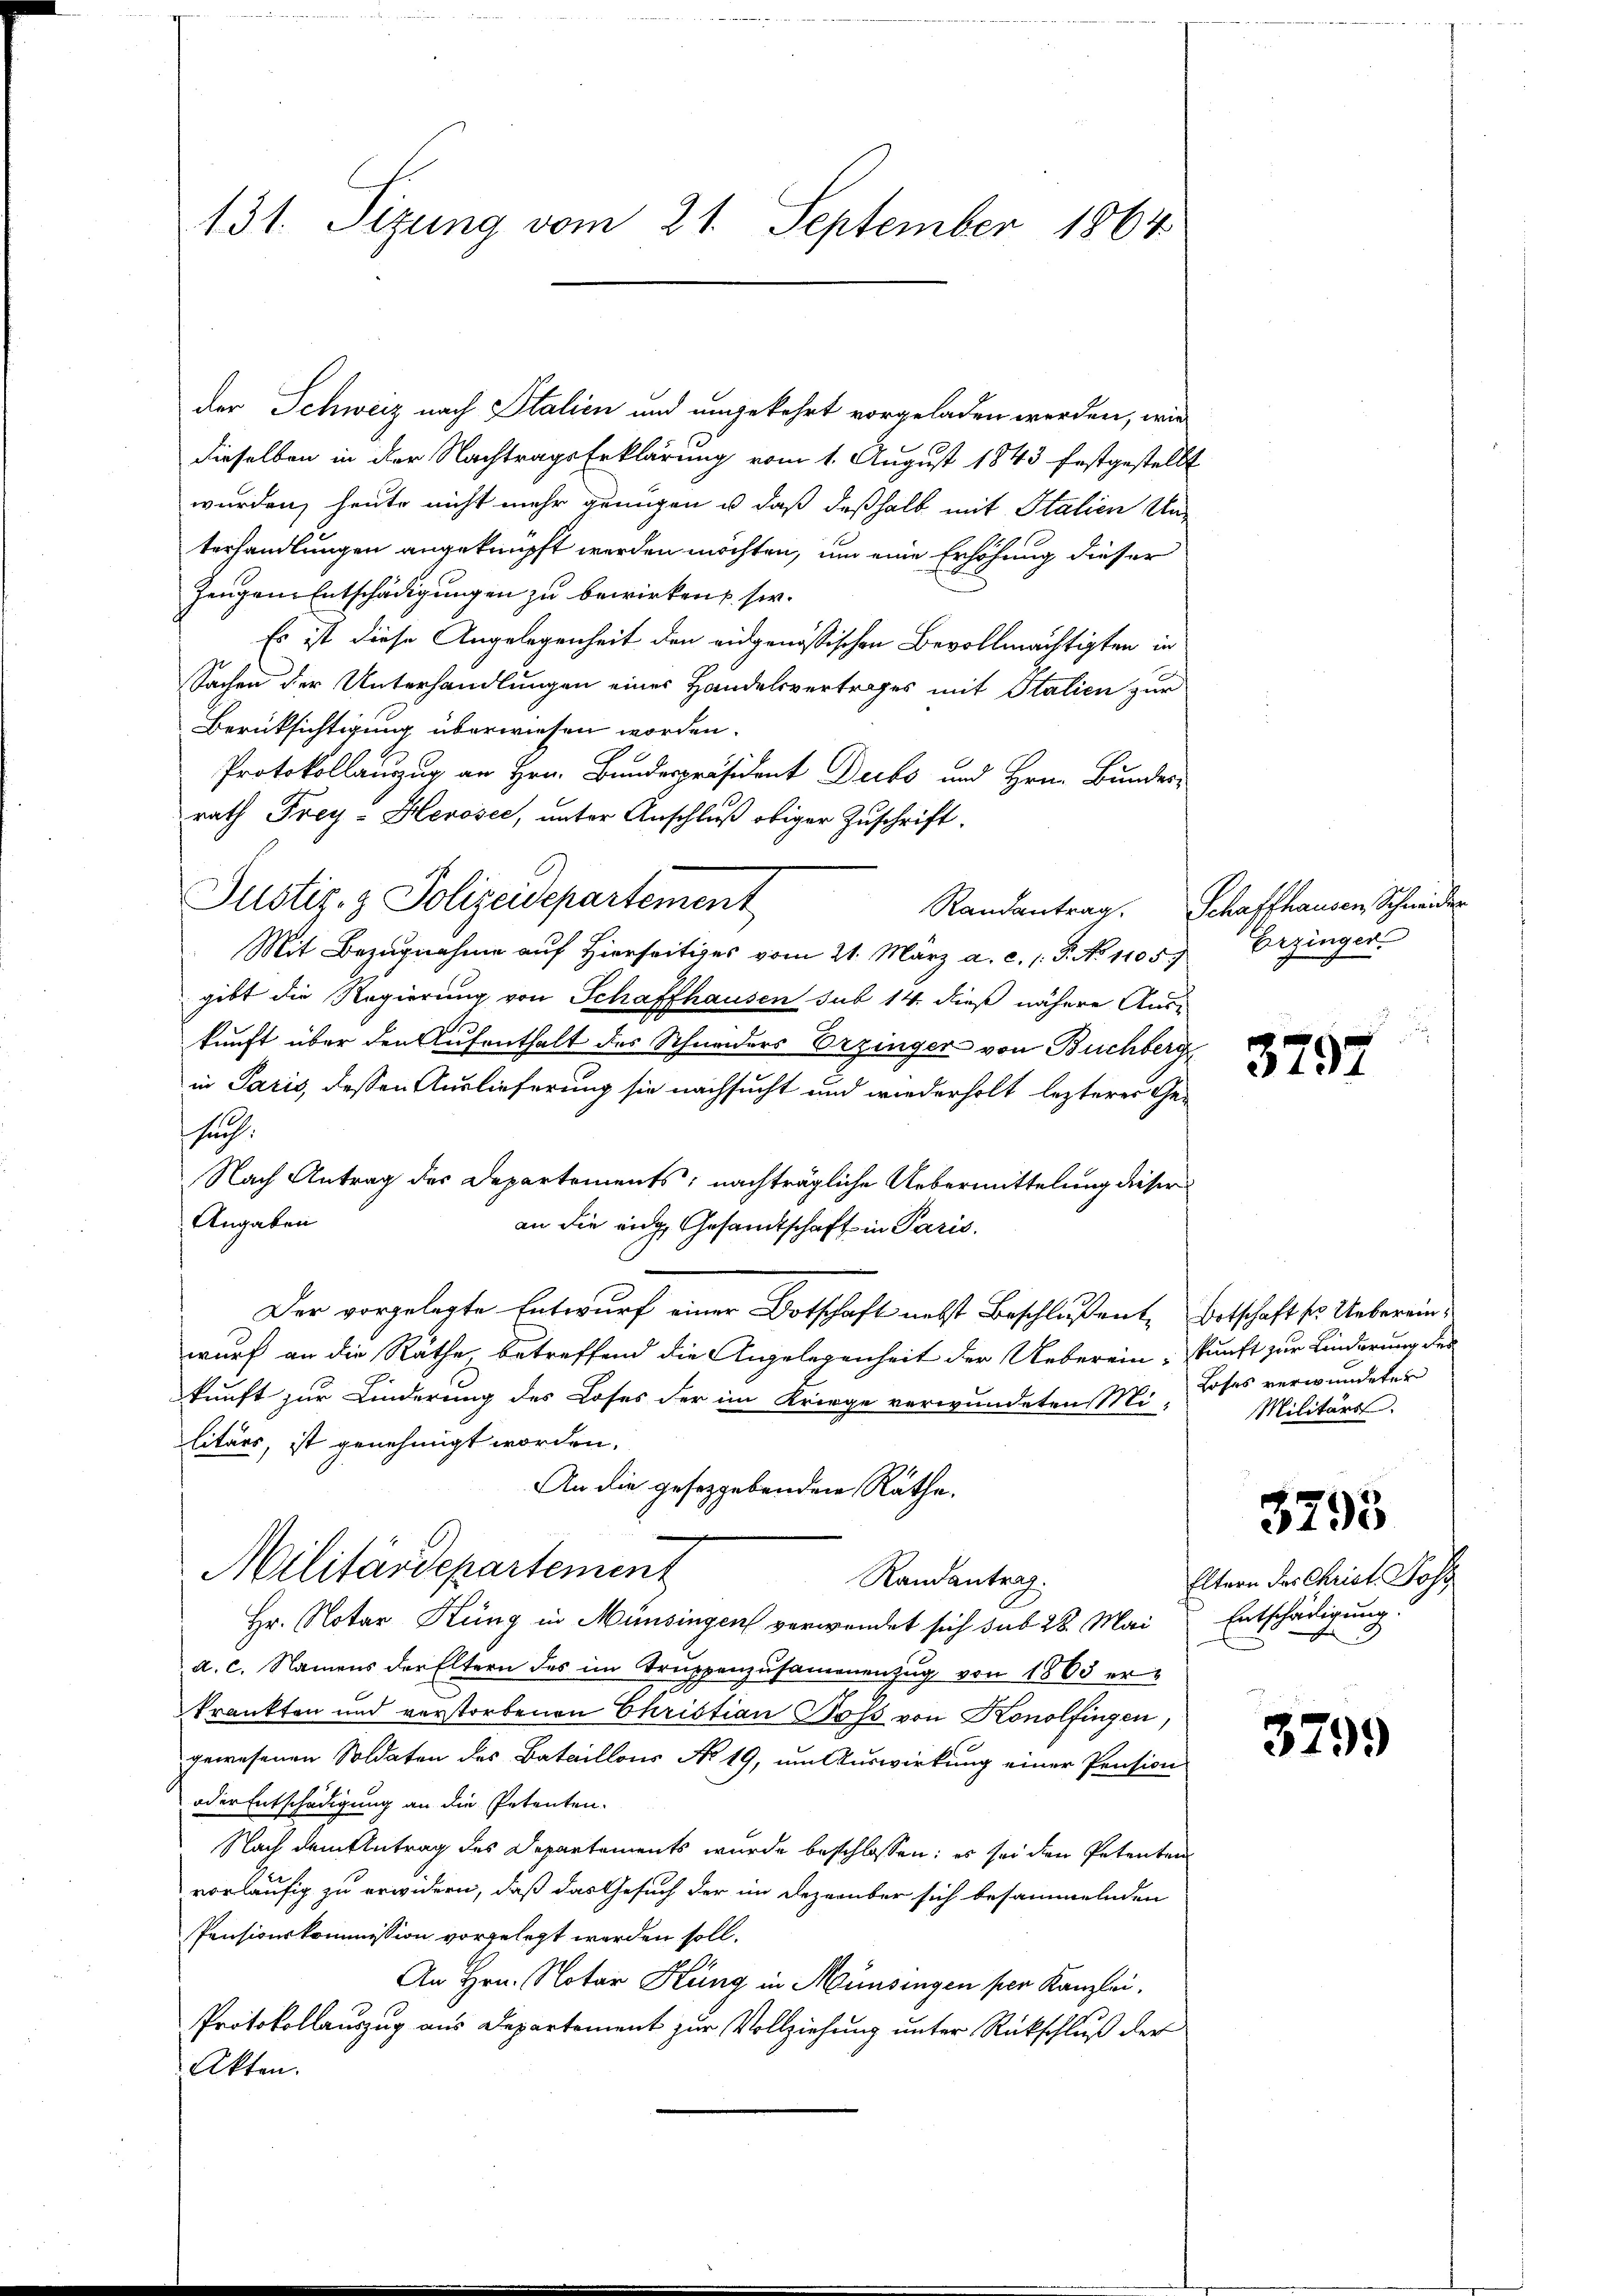
131. Sizung vom 21. September 1864

der Schweiz nach Italien und angekehrt vorgeladen werden, wie
dieselben in der Nachtrags Erklärung vom 1. August 1843 festgestellt
wurden, heute nicht mehr genügen u. daß deßhalb mit Italien Unterhandlungen angeknüpft werden möchten, um eine Erhöhung dieser
Zeugen Entschädigungen zu bewirken sie.
Es ist diese Angelegenheit den eidgenößischen Bevollmächtigten in
Sachen der Unterhandlungen eines Handelsvertrages mit Italien zur
Berüksichtigung überwiesen worden.
Protokollauszug an Hrn. Bundespräsident Dects und Hrn. Bundes-
rath Frey-Herosec, unter Anschluß obiger Zuschrift.
Mit Bezugnahme auf Hierseitiges vom 21. März a. c. 1. P. No 1105.)
gibt die Regierung von Schaffhausen sub 14. dieß nähere Aus-
kunft über den Aufenthalt des Schneiders Erzinger von Buchberg
in Paris, dessen Auslieferung sie nachsucht und wiederholt lezterer Ge-
such
Nach Antrag des Departements; nachträgliche Uebermittelung dieser
Angaben
an die eige Gesandtschaft in Paris.
Der vorgelegte Entwurf einer Botschaft nebst Beschlussent, Ortschaft so. Uebereinwurf an die Räthe, betreffend die Angelegenheit der Ueberein, kunft zur Linderung des
kunft zur Linderung des Loses der im Kriege verwundeten Mi-
litärs, ist genehmigt worden.
An die gesezgebenden Räthe.
Militärdepartement
Randantrag.
Hr. Notar Küng in Münsingen verwendet sich sub 28. Mai
d.c. Namens der Eltern des im Truppenzusammenzug von 1800 erkrankten und verstorbenen Christian Hofs von Konolfingen,
gewesenen Soldaten des Bataillons No 19, um Auswirkung einer Pension
oder Entschädigung an die Petenten.
Nach dem Antrag des Departements wurde beschlossen: es sei den Petenten
vorläufig zu erwidern, daß das Gesuch der im Dezember sich besammelnden
Pensionskommission vorgelegt werden soll.
An Hrn. Notar Kung in Münsingen per Kanzlei,
Protokollauszug aus Departement zur Vollziehung unter Rückschluß der
Akten.

Justiz- & Polizeidepartement

Randantrag. Schaffhausen Schweider
Erzinger.

3797

Loses verwundeter
Militärs.

3293

Eltern der Christ. Poss
Entschädigung

3799